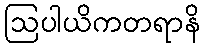
ဩပါယိကတရာနိ